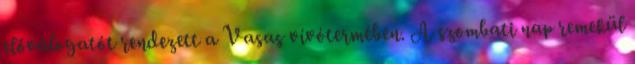
előválogatót rendezett a Vasas vívótermében. A szombati nap remekül